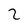
Character: 2